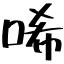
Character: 唏